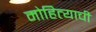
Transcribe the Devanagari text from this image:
मोहित्याची